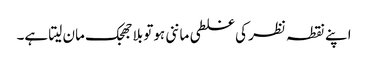
اپنے نقطہ نظر کی غلطی ماننی ہوتو بلا جھجک مان لیتا ہے۔